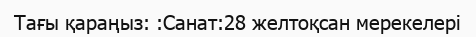
Тағы қараңыз: :Санат:28 желтоқсан мерекелері